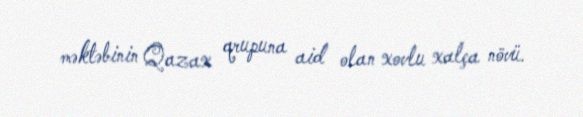
məktəbinin Qazax qrupuna aid olan xovlu xalça növü.